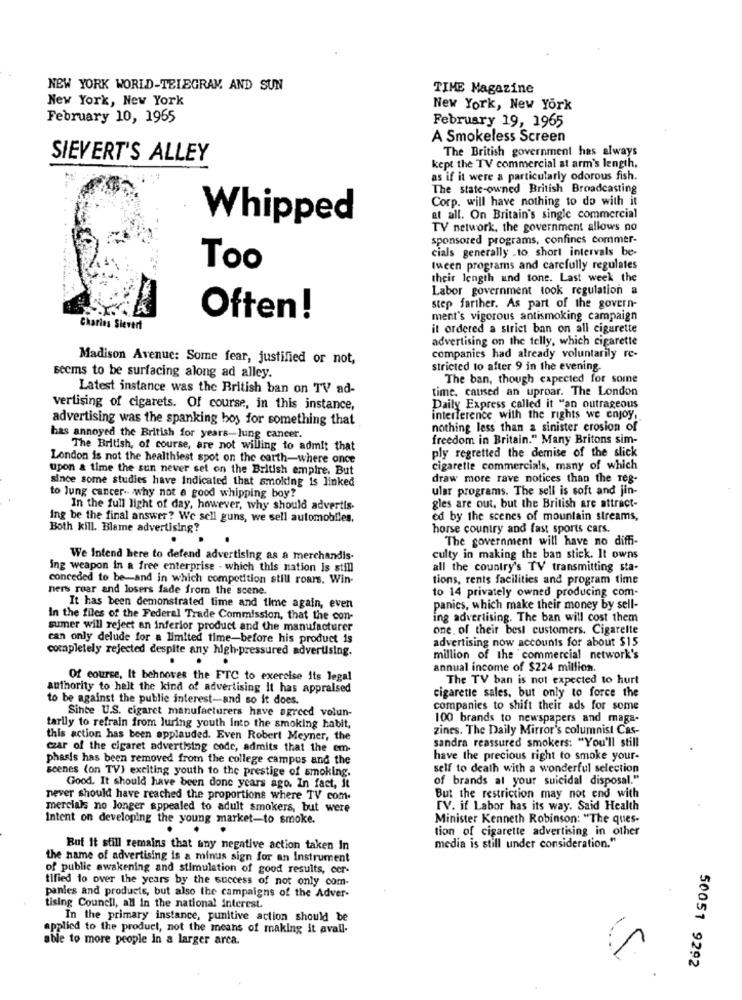
NEW YORK WORLD-TELEGRAM. AND SUN
TIME Magazine
New York, New York
New York, New York
February 10, 1965
February 19, 1965
A Smokeless Screen
The British government has always
SIEVERT'S ALLEY
kept the TV commercial at arm's length,
as if it were a particularly odorous fish.
The state-owned British Broadcasting
Corp. will have nothing to do with it
Whipped
et all. On Britain's single commercial
TV network, the government allows no
sponsored programs, confines commer-
cials generally .to, short intervals be-
Too
leen programs and carefully regulates
their length and tone. Last week the
Labor government took regulation a
step farther. As part of the govern-
Often!
ment's vigorous antismoking campaign
Charles Sievert
it ordered a strict ban on all cigarette
advertising on the telly, which cigarette
Madison Avenue: Some fear, justified or not,
companies had already voluntarily re-
seems to be surfacing along ad alley.
stricted to after 9 in the evening.
The ban, though capected for some
Latest instance was the British ban on TV ad-
time, caused an uproar. The London
vertising of cigarets. Of course, in this instance,
Daily Express called it "an outrageous
advertising was the spanking hoy for something that
interference with the rights we enjoy,
nothing less than a sinister erosion of
has annoyed the British for years-lung cancer.
freedom in Britain." Many Britons sim-
The British, of course, are not willing to admit that
ply regretted the demise of the slick
London is not the healthiest spot on the earth-where once
upon a time the sun never set on the British empire. But
cigarette commercials, many of which
since some studies have Indicated that smoking is linked
draw more rave notices than the reg-
ular programs. The sell is soft and jin-
to lung cancer- why not a good whipping boy?
In the full light of day, however, why should advertis.
gles are out, but the British are attract-
Ing be the final answer? We sell guns, we sell automobiles.
ed by the scenes of mountain streams,
Both kill. Blame advertising?
horse country and fast sports cars.
The government will have no diffi-
We Intend here to defend advertising as a merchandis-
culty in making the ban stick. It owns
ing weapon in a free enterprise - which this nation is still
all the country's TV transmitting sta-
conceded to be-and in which competition still roars. Win-
tions, rents facilities and program time
ners roar and losers fade from the scene.
to 14 privately owned producing com-
It has been demonstrated time and time again, even
panies, which make their money by sell-
In the files of the Federal Trade Commission, that the con-
ing advertising. The ban will cost them
sumer will reject an inferior product and the manufacturer
one. of their best customers. Cigarette
can only delude for a limited time-before his product is
advertising now accounts for about $15
completely rejected despite any high-pressured advertising.
million of the commercial network's
annual income of $224 million.
Of course, It behooves the FTC to exercise its legal
The TV ban is not expected to hurt
authority to helt the kind of advertising it has appraised
to be against the public interest-and so it does.
cigarette sales, but only to force the
Since U.S. cigaret manufacturers have agreed volun-
companies to shift their ads for some
100 brands to newspapers and maga-
tarily to refrain from luring youth into the smoking habit,
zines. The Daily Mirror's columnist Cas-
this action has been applauded. Even Robert Meyner, the
sandra reassured smokers: "You'll still
czar of the cigaret advertising code, admits that the em-
phasis has been removed from the college campus and the
have the precious right to smoke your-
scenes (on TV) exciting youth to the prestige of smoking.
self to death with a wonderful selection
of brands at your suicidal disposal."
Good. It should have been done years ago. In fact, it
never should have reached the proportions where TV com.
But the restriction may not end with
mercials no longer appealed to adult smokers, but were
TV. if Labor has its way. Said Health
Intent on developing the young market-to smoke.
Minister Kenneth Robinson: "The ques-
tion of cigarette advertising in other
But It still remains that any negative action taken In
media is still under consideration."
the name of advertising is a minus sign for an Instrument
of public awakening and stimulation of good results, cer-
tified to over the years by the success of not only com-
panies and products, but also the campaigns of the Adver-
tising Council, all In the national interest.
In the primary instance, punitive action should be
applied to the product, not the means of making it avall-
able to more people in a larger arca.
50051 9292